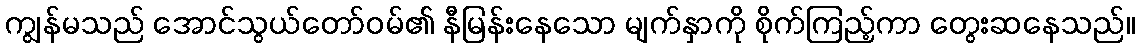
ကျွန်မသည် အောင်သွယ်တော်ဝမ်၏ နီမြန်းနေသော မျက်နှာကို စိုက်ကြည့်ကာ တွေးဆနေသည်။